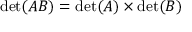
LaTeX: \operatorname* { d e t } ( A B ) = \operatorname* { d e t } ( A ) \times \operatorname* { d e t } ( B )